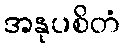
အနုပစိတံ